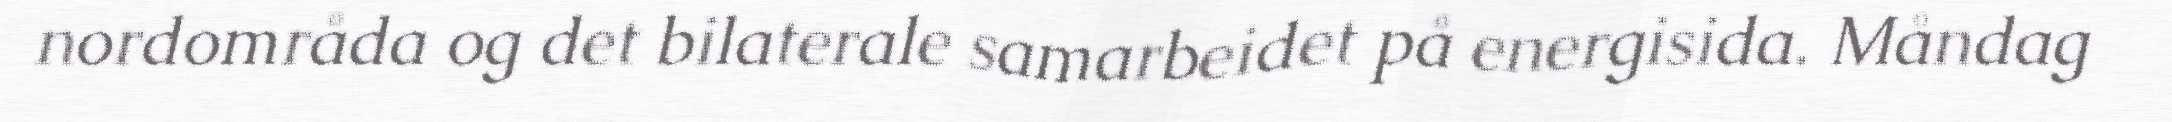
nordområda og det bilaterale samarbeidet på energisida. Måndag